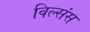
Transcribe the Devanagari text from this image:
विल्संस